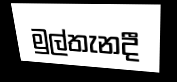
මුල්තැනදී